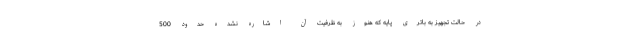
در حالت تجهیز به باتری پایه که هنوز به ظرفیت آن اشاره نشده حدود 500